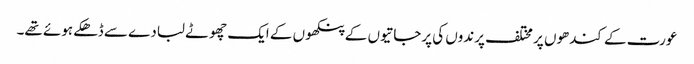
عورت کے کندھوں پر مختلف پرندوں کی پرجاتیوں کے پنکھوں کے ایک چھوٹے لبادے سے ڈھکے ہوئے تھے۔